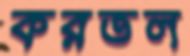
করতল